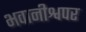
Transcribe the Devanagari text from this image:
भवानीश्वपर